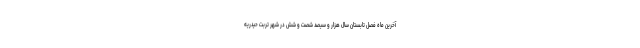
آخرین ماه فصل تابستان سال هزار و سیصد شصت و شش در شهر تربت حیدریه